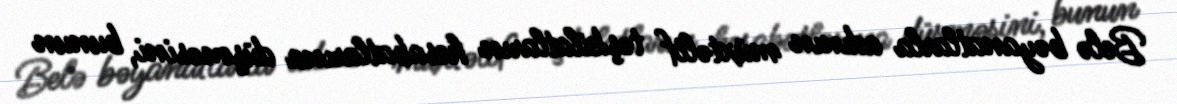
Belə bəyanatlarla adının müxtəlif təşkilatların hesabatlarına düşməsini, bunun